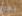
بخير